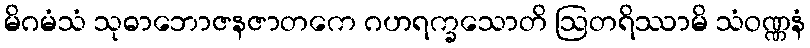
မိဂမံသံ သုဓာဘောဇနဇာတကေ ဂဟရက္ခသောတိ ဩတရိဿာမိ သံဝဏ္ဏနံ